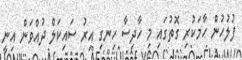
ފުލުހުން ހާމަކުރި ގޮތުގައި މި ހާދިސާ ހިނގި އިރު ސައިކަލް ދުއްވަން އިނީ